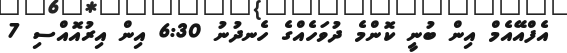
އެފްއޭއެމް އިން ބުނީ ކޮންމެ ދުވަހެއްގެ ހެނދުނު 6:30 އިން އިރުއޮއްސި 7